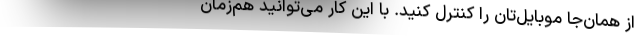
از همان‌جا موبایل‌تان را کنترل کنید. با این کار می‌توانید هم‌زمان